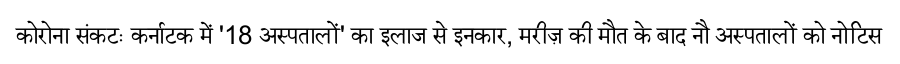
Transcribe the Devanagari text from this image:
कोरोना संकटः कर्नाटक में '18 अस्पतालों' का इलाज से इनकार, मरीज़ की मौत के बाद नौ अस्पतालों को नोटिस